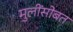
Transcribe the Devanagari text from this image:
मुलींसोबत